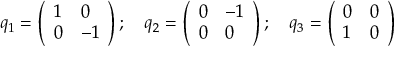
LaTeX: q _ { 1 } = \left( \begin{array} { l l } { { 1 } } & { { 0 } } \\ { { 0 } } & { { { - 1 } } } \end{array} \right) ; \quad q _ { 2 } = \left( \begin{array} { l l } { { 0 } } & { { { - 1 } } } \\ { { 0 } } & { { 0 } } \end{array} \right) ; \quad q _ { 3 } = \left( \begin{array} { l l } { { 0 } } & { { 0 } } \\ { { 1 } } & { { 0 } } \end{array} \right)